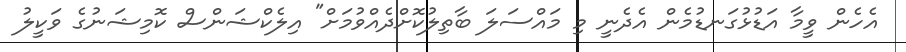
އެހެން ވީމާ އަޑުޅުގަނޑުމެން އެދެނީ މި މައްސަލަ ބާތިލުކޮށްދެއްވުމަށް" އިލެކްޝަންސް ކޮމިޝަނުގެ ވަކީލު